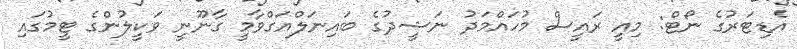
އެޑިޓަރުގެ ނޯޓް: މިއީ ރައީސް މުހައްމަދު ނަޝީދުގެ ބައިނަލްއަގްވާމީ ގާނޫނީ ވަކީލުންގެ ޓީމުގައި